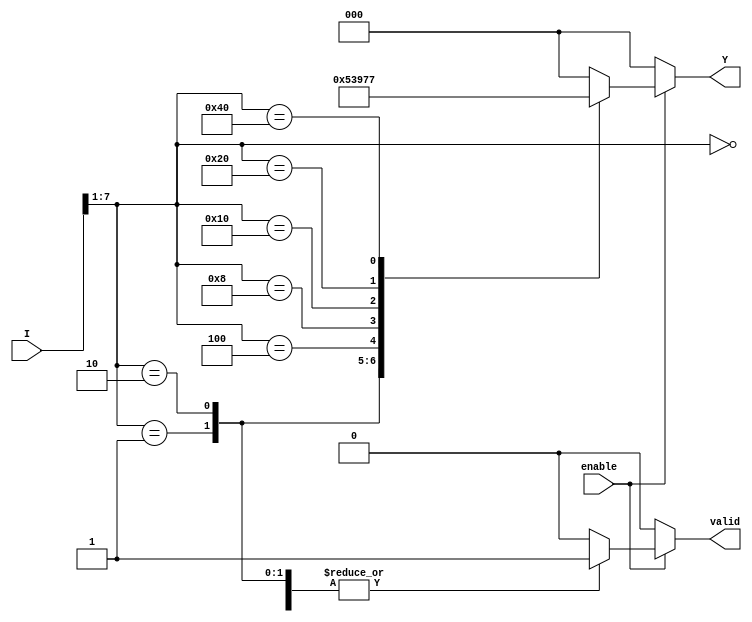
module octal_to_binary_encoder (
    input wire [7:0] I,       // Octal inputs (I0 to I7)
    input wire enable,        // Enable signal
    output reg [2:0] Y,      // Binary output (Y2, Y1, Y0)
    output reg valid          // Valid output signal
);

    always @(*) begin
        if (!enable) begin
            Y = 3'b000;       // Set output to 000 when disabled
            valid = 1'b0;     // Invalid state
        end else begin
            casez (I)         // Use casez to handle don't care conditions
                8'b0000000?: begin
                    Y = 3'b000; // I0 active
                    valid = 1'b1;
                end
                8'b0000001?: begin
                    Y = 3'b001; // I1 active
                    valid = 1'b1;
                end
                8'b0000010?: begin
                    Y = 3'b010; // I2 active
                    valid = 1'b1;
                end
                8'b0000100?: begin
                    Y = 3'b011; // I3 active
                    valid = 1'b1;
                end
                8'b0001000?: begin
                    Y = 3'b100; // I4 active
                    valid = 1'b1;
                end
                8'b0010000?: begin
                    Y = 3'b101; // I5 active
                    valid = 1'b1;
                end
                8'b0100000?: begin
                    Y = 3'b110; // I6 active
                    valid = 1'b1;
                end
                8'b1000000?: begin
                    Y = 3'b111; // I7 active
                    valid = 1'b1;
                end
                default: begin
                    Y = 3'b000;   // Invalid state
                    valid = 1'b0; // No valid input
                end
            endcase
        end
    end

endmodule